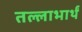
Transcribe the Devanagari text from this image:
तल्लाभार्थं